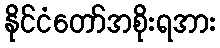
နိုင်ငံတော်အစိုးရအား